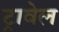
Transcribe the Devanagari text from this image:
ट्रावेल